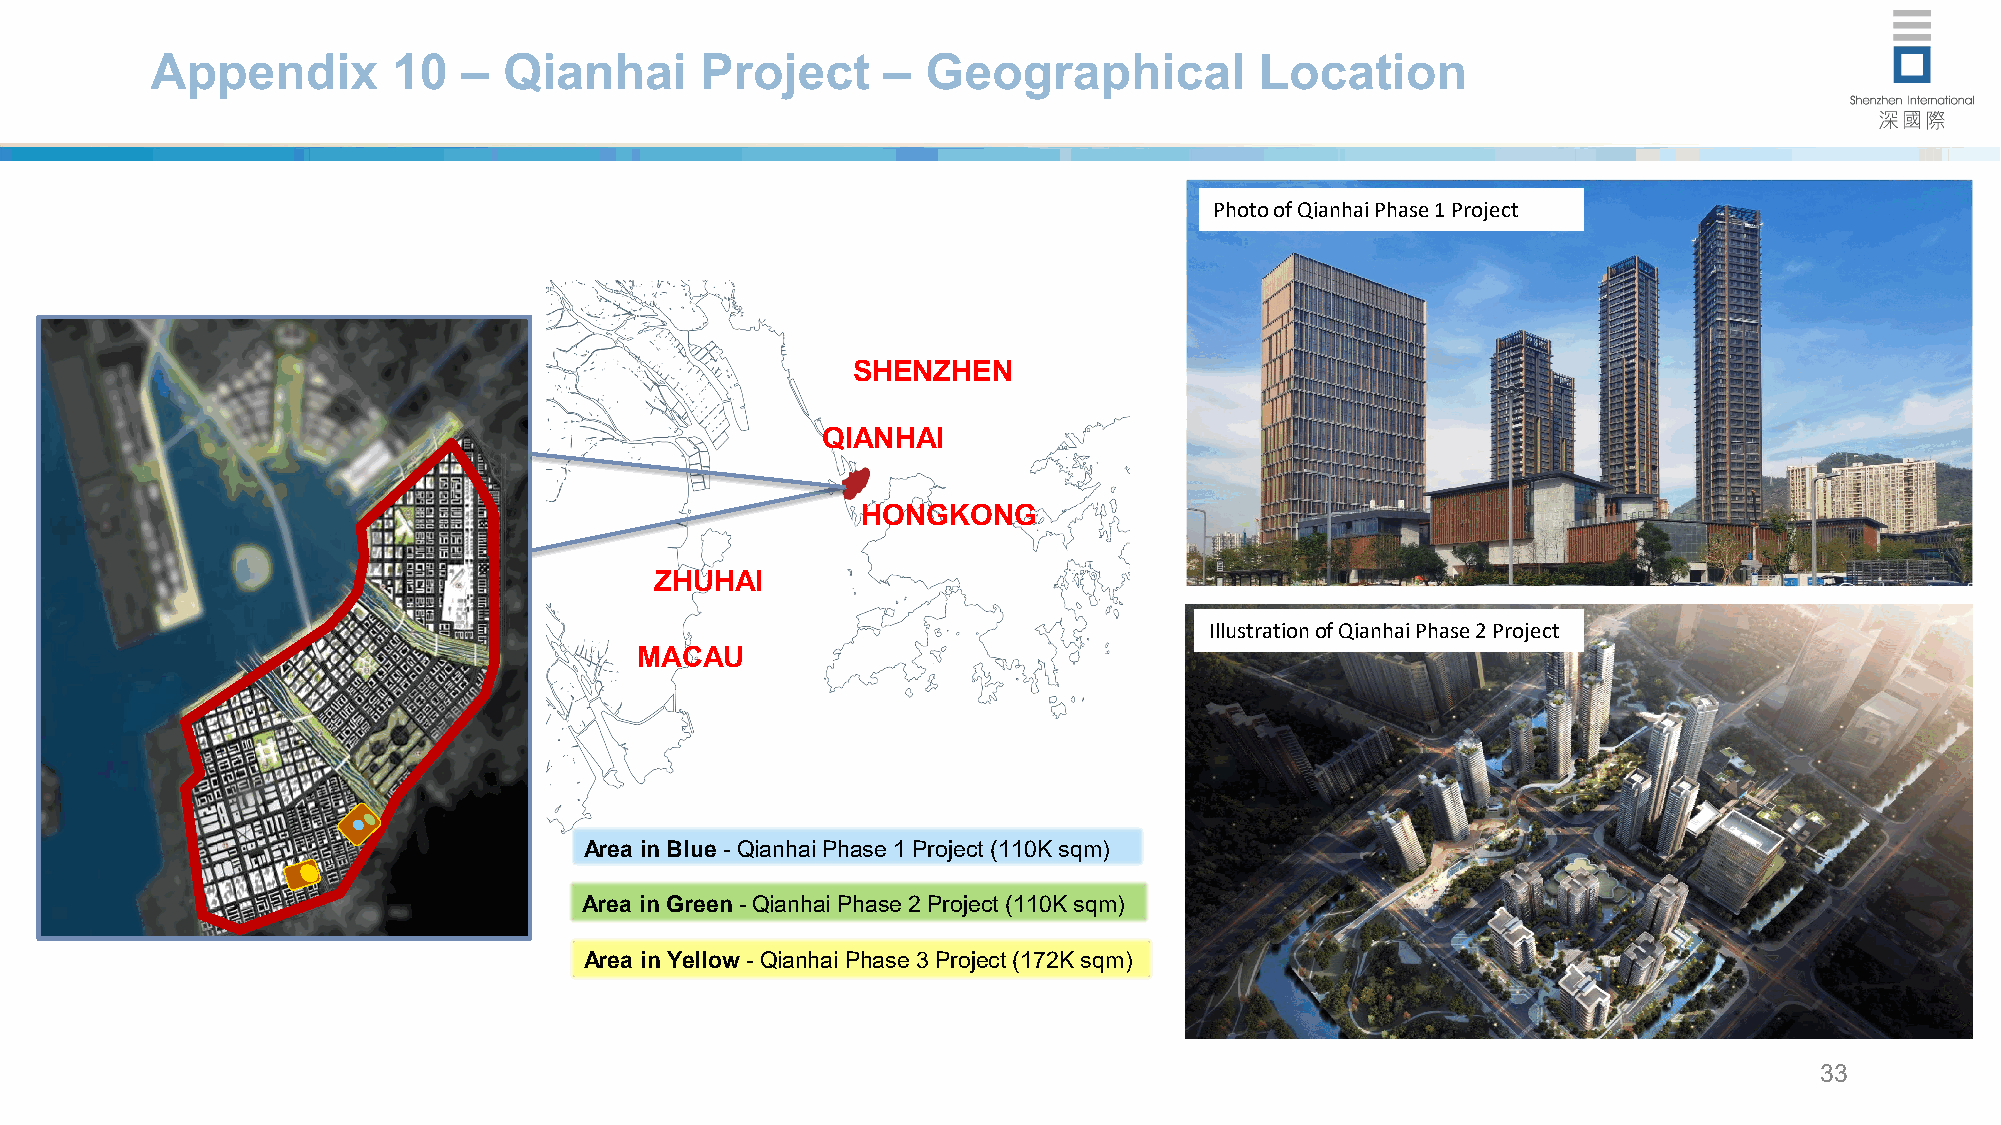
Appendix        10   – Qianhai      Project     –  Geographical          Location
 Photo of Qianhai Phase 1 Project
 SHENZHEN
 QIANHAI
 HONGKONG
 ZHUHAI
 Illustrationof Qianhai Phase 2 Project
 MACAU
 Area in Blue- Qianhai Phase 1 Project (110K sqm)
 Area in Green-Qianhai Phase 2 Project (110K sqm)
 Area in Yellow-Qianhai Phase 3 Project (172K sqm)
 33